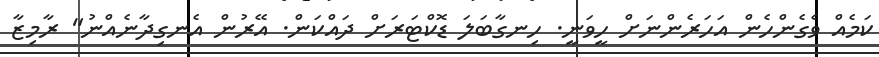
ކަމެއް ވެގެންހެން އަހަރެންނަށް ހީވަނީ. ހިނގާބަލަ ޑޮކްޓަރަށް ދައްކަން. އޭރުން އެނގިދާނެއްނު" ރާމިޒާ